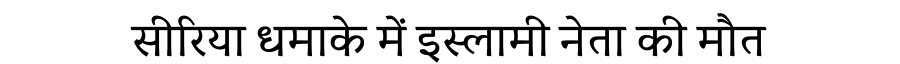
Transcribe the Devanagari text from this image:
सीरिया धमाके में इस्लामी नेता की मौत